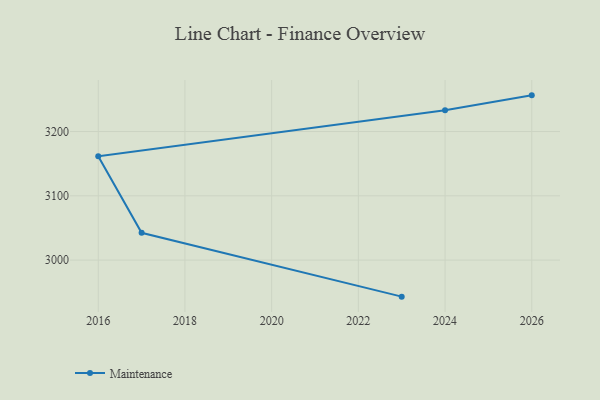
{"axis": {"x": "Year", "y": "Page Views"}, "legend": ["Maintenance"], "data": [{"x": "2026", "y": 3256.3, "type": "Maintenance"}, {"x": "2024", "y": 3233.0, "type": "Maintenance"}, {"x": "2016", "y": 3161.6, "type": "Maintenance"}, {"x": "2017", "y": 3042.4, "type": "Maintenance"}, {"x": "2023", "y": 2943.1, "type": "Maintenance"}]}